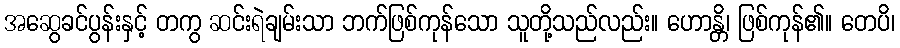
အဆွေခင်ပွန်းနှင့် တကွ ဆင်းရဲချမ်းသာ ဘက်ဖြစ်ကုန်သော သူတို့သည်လည်း။ ဟောန္တိ၊ ဖြစ်ကုန်၏။ တေပိ၊